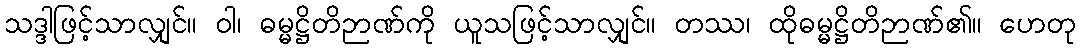
သဒ္ဒါဖြင့်သာလျှင်။ ဝါ၊ ဓမ္မဋ္ဌိတိဉာဏ်ကို ယူသဖြင့်သာလျှင်။ တဿ၊ ထိုဓမ္မဋ္ဌိတိဉာဏ်၏။ ဟေတု